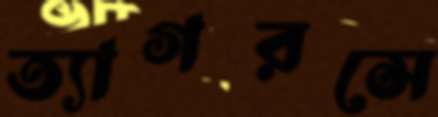
ত্যাগরসে